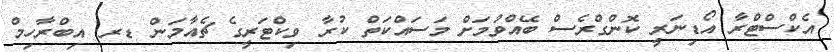
އެކްސްޓްރާ އޯޑިނަރީ ކޮންގްރެސް ބޭއްވުމަށް މަސައްކަތް ކުރާ ވިކްޓަރީގެ ޗެއާމަން ޑރ. އިބްރާހިމް